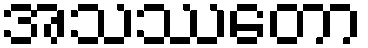
အသဿတော